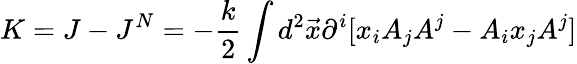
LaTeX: K=J-J^{N}=-\frac{k}{2}\int d^{2}\vec{x}\partial^{i}[x_{i}A_{j}A^{j}-A_{i}x_{j}A^{j}]